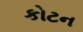
કોટન